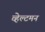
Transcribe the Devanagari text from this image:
व्हेल्टमन